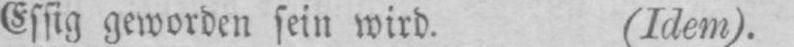
Essig geworden sein wird. (Idem).